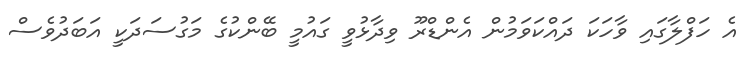
އެ ހަފްލާގައި ވާހަކަ ދައްކަވަމުން އެންޑްރޫ ވިދާޅުވީ ގައުމީ ބޭންކުގެ މަގުސަދަކީ އަބަދުވެސް